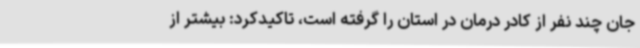
جان چند نفر از کادر درمان در استان را گرفته است، تاکیدکرد: بیشتر از